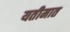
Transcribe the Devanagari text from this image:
यतीमात